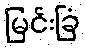
မြင်းခြံ